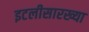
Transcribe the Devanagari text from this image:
इटलीसारख्या